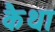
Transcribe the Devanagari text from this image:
कैथा